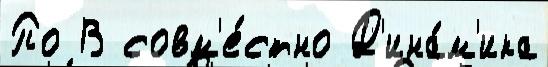
По В совм'е́стно Д'ина́м'ика